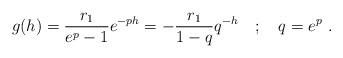
LaTeX: \begin{align*} g(h) = \frac{r_1}{e^p - 1} e^{-p h} = -\frac{r_1}{1-q} q^{- h} \quad;\quad q=e^p~.\end{align*}